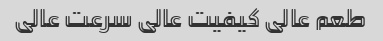
طعم عالی کیفیت عالی سرعت عالی